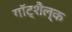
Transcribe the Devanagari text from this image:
गॉट्शैल्क